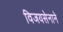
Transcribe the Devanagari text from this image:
विजयसेनाने